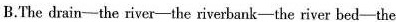
B.The drain-the river-the riverbank-the river bed-the